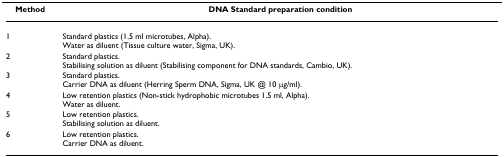
<table><thead><tr><td><b>Method</b></td><td><b>DNA Standard preparation condition</b></td></tr></thead><tbody><tr><td>1</td><td>Standard plastics (1.5 ml microtubes, Alpha).Water as diluent (Tissue culture water, Sigma, UK).</td></tr><tr><td>2</td><td>Standard plastics.Stabilising solution as diluent (Stabilising component for DNA standards, Cambio, UK).</td></tr><tr><td>3</td><td>Standard plastics.Carrier DNA as diluent (Herring Sperm DNA, Sigma, UK @ 10 μg/ml).</td></tr><tr><td>4</td><td>Low retention plastics (Non-stick hydrophobic microtubes 1.5 ml, Alpha).Water as diluent.</td></tr><tr><td>5</td><td>Low retention plastics.Stabilising solution as diluent.</td></tr><tr><td>6</td><td>Low retention plastics.Carrier DNA as diluent.</td></tr></tbody></table>